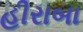
હીરાબા